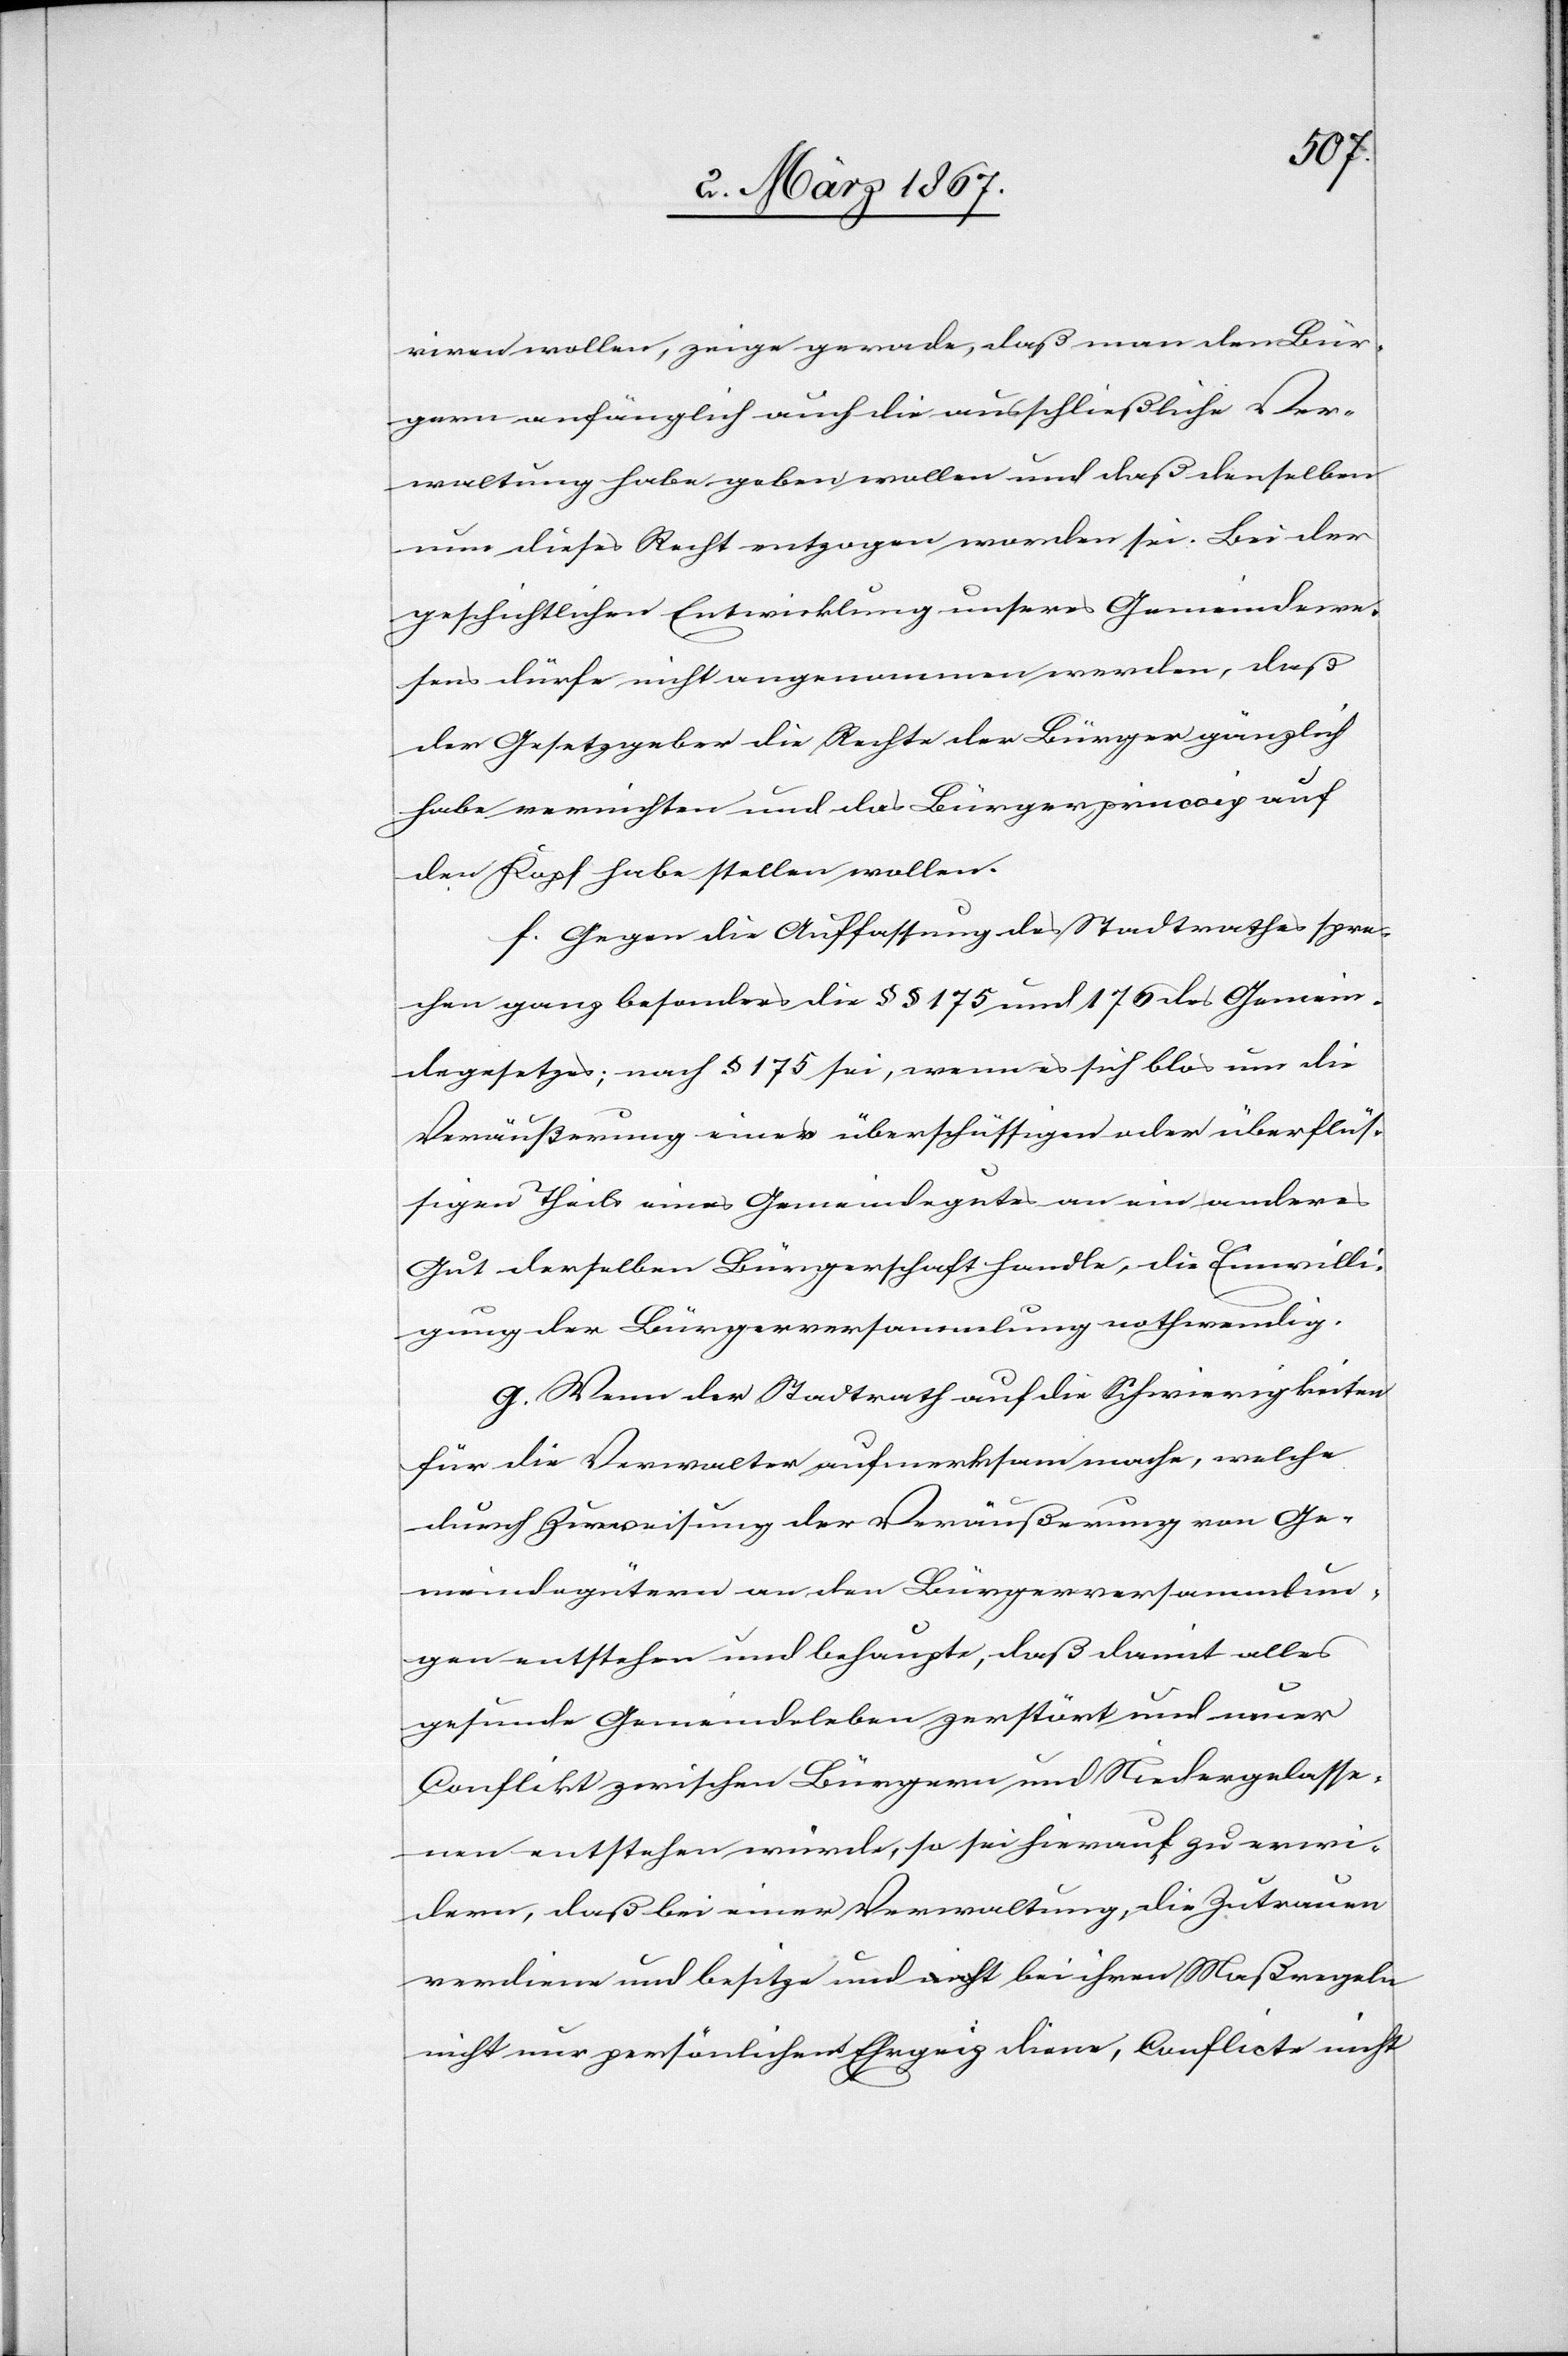
viren wollen, zeige gerade, daß man den Bür¬
gern anfänglich auch die ausschließliche Ver¬
waltung habe geben wollen und daß denselben
nun dieses Recht entzogen worden sei. Bei der
geschichtlichen Entwicklung unseres Gemeindewe¬
sens dürfe nicht angenommen werden, daß
der Gesetzgeber die Rechte der Bürger gänzlich
habe vernichten und das Bürgerprincip auf
den Kopf habe stellen wollen.
f. Gegen die Auffassung des Stadtrathes spre¬
chen ganz besonders die §§ 175 und 176 des Gemein¬
degesetzes; nach § 175 sei, wenn es sich blos um die
Veräußerung eines überschüssigen oder überflüs¬
sigen Theils eines Gemeindegutes an ein anderes
Gut derselben Bürgerschaft handle, die Einwilli¬
gung der Bürgerversammlung nothwendig.
g. Wenn der Stadtrath auf die Schwierigkeiten
für die Verwalter aufmerksam mache, welche
durch Zuweisung der Veräußerung von Ge¬
meindegütern an den Bürgerversammlun¬
gen entstehen und behaupte, daß damit alles
gesunde Gemeindeleben zerstört und neuer
Conflikt zwischen Bürgern und Niedergelasse¬
nen entstehen würde, so sei hierauf zu erwi¬
dern, daß bei einer Verwaltung, die Zutrauen
verdiene und besitze und bei ihren Maßregeln
nicht nur persönlichem Ehrgeiz diene, Conflicte nicht